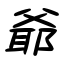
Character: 爺